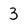
Character: 3